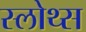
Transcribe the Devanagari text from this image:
स्लोथ्स